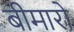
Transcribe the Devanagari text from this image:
बीमारो